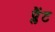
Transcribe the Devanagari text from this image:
प्लैंट